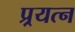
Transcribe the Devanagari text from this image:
प्र्रयत्न